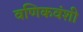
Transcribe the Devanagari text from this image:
वणिकवंशी